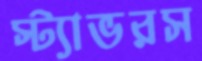
স্ট্যাভরস